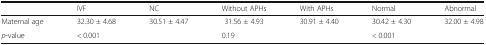
|  | IVF | NC | Without APHs | With APHs | Normal | Abnormal |
 | --- | --- | --- | --- | --- | --- | --- |
 | Maternal age | 32.30 ± 4.68 | 30.51 ± 4.47 | 31.56 ± 4.93 | 30.91 ± 4.40 | 30.42 ± 4.30 | 32.00 ± 4.98 |
 | p-value | <COLSPAN=2> < 0.001 | <COLSPAN=2> 0.19 | <COLSPAN=2> < 0.001 |